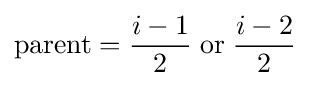
{\text{parent}}={\frac {i-1}{2}}\;{\textrm {or}}\;{\frac {i-2}{2}}